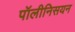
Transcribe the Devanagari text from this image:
पॉलीनिसयन